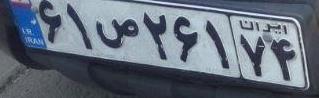
۶۱ص۲۶۱۷۴